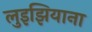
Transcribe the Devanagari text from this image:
लुइझियाना